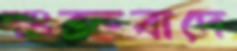
শুক্রবাদে